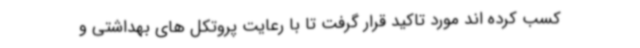
کسب کرده اند مورد تاکید قرار گرفت تا با رعایت پروتکل های بهداشتی و